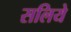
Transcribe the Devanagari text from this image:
सलिये